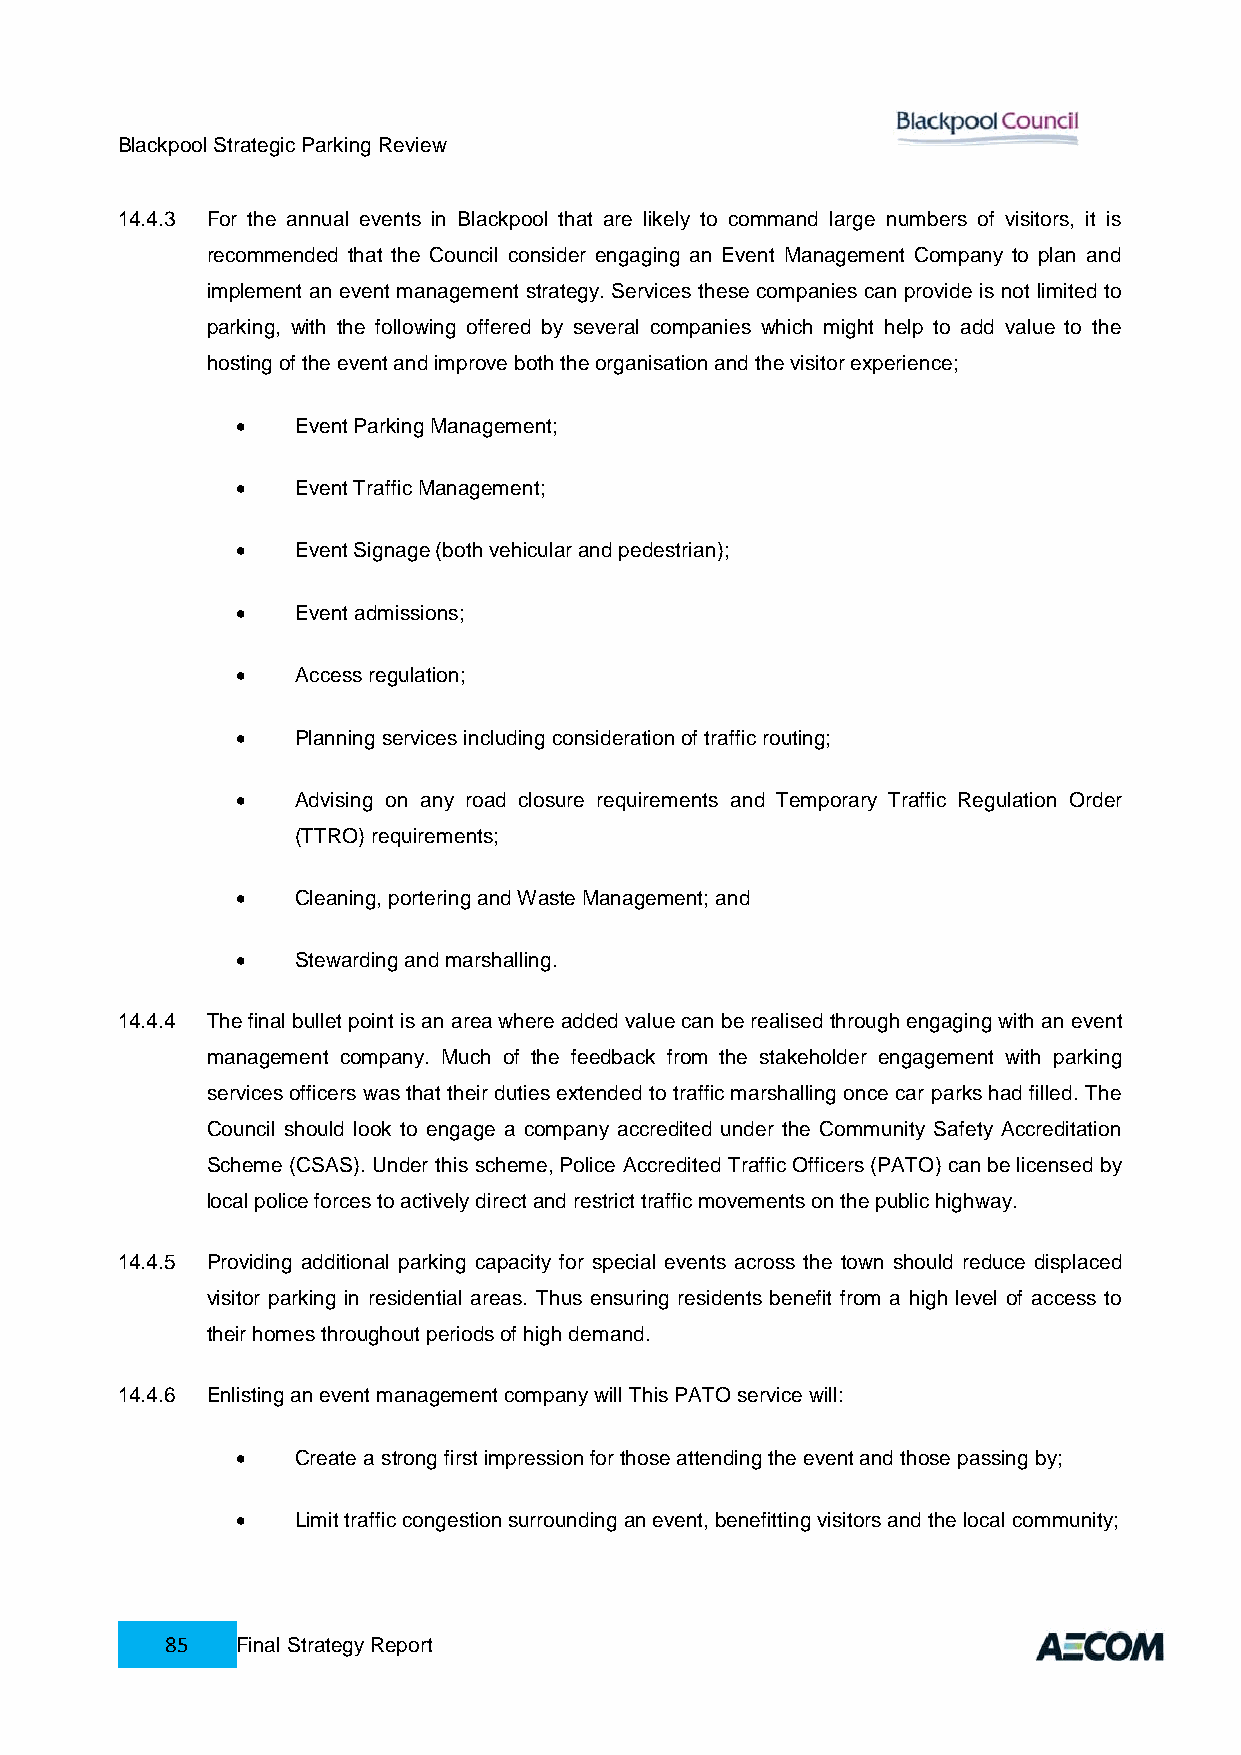
Blackpool Strategic Parking Review
 14.4.3 For the annual events in Blackpool that are likely to command large numbers of visitors, it is
 recommended that the Council consider engaging an Event Management Company to plan and
 implement an event management strategy. Services these companies can provide is not limited to
 parking, with the following offered by several companies which might help to add value to the
 hosting of the event and improve both the organisation and the visitor experience;
    Event Parking Management;
    Event Traffic Management;
    Event Signage (both vehicular and pedestrian);
    Event admissions;
    Access regulation;
    Planning services including consideration of traffic routing;
    Advising on any road closure requirements and Temporary Traffic Regulation Order
 (TTRO) requirements;
    Cleaning, portering and Waste Management; and
    Stewarding and marshalling.
 14.4.4 The final bullet point is an area where added value can be realised through engaging with an event
 management company. Much of the feedback from the stakeholder engagement with parking
 services officers was that their duties extended to traffic marshalling once car parks had filled. The
 Council should look to engage a company accredited under the Community Safety Accreditation
 Scheme (CSAS). Under this scheme, Police Accredited Traffic Officers (PATO) can be licensed by
 local police forces to actively direct and restrict traffic movements on the public highway.
 14.4.5 Providing additional parking capacity for special events across the town should reduce displaced
 visitor parking in residential areas. Thus ensuring residents benefit from a high level of access to
 their homes throughout periods of high demand.
 14.4.6 Enlisting an event management company will This PATO service will:
    Create a strong first impression for those attending the event and those passing by;
    Limit traffic congestion surrounding an event, benefitting visitors and the local community;
 85   Final Strategy Report